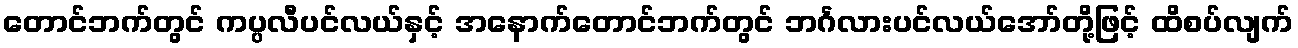
တောင်ဘက်တွင် ကပ္ပလီပင်လယ်နှင့် အနောက်တောင်ဘက်တွင် ဘင်္ဂလားပင်လယ်အော်တို့ဖြင့် ထိစပ်လျက်